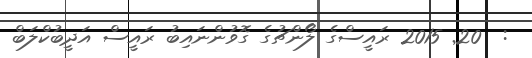
:  20